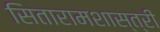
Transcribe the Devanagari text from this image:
सितारामशास्त्री